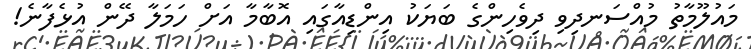
މައުލޫމާތު މުއްސަނދިވި ދިވެހިންގެ ބަޔަކު އިންޑިއާގައި އޮބާމާ އަށް ހަމަލާ ދޭން އުޅެފާނެ!